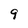
Character: 9